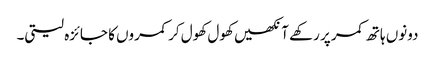
دونوں ہاتھ کمر پر رکھے آنکھیں کھول کھول کر کمروں کا جائزہ لیتی۔